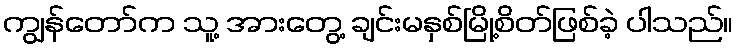
ကျွန်တော်က သူ့ အားတွေ့ ချင်းမနှစ်မြို့စိတ်ဖြစ်ခဲ့ ပါသည်။